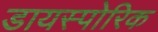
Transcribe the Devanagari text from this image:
डायस्पोरिक